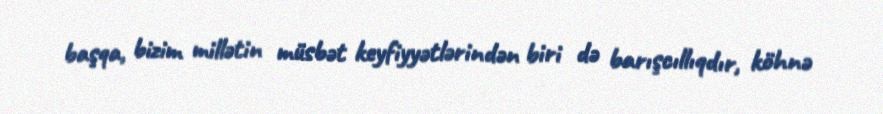
başqa, bizim millətin müsbət keyfiyyətlərindən biri də barışcıllıqdır, köhnə